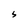
Character: S